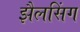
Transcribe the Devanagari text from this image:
झैलसिंग